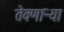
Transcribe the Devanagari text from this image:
तेवणाऱ्या